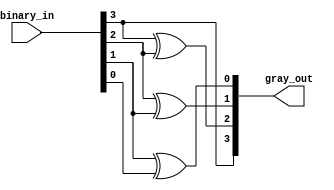
module bin_gray(binary_in, gray_out);

        input [3:0] binary_in;
        output [3:0]gray_out;
        
        assign gray_out[3] = binary_in[3];
        xor X1(gray_out[2], binary_in[3], binary_in[2]);
        xor X2(gray_out[1], binary_in[2], binary_in[1]);
        xor X3(gray_out[0], binary_in[1], binary_in[0]);
endmodule